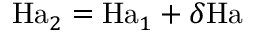
\mathrm { H a } _ { 2 } = \mathrm { H a } _ { 1 } + \delta \mathrm { H a }